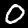
Label: 0